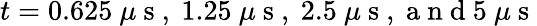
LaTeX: t=0.625~\mu\mathrm{~s~,~}1.25~\mu\mathrm{~s~,~}2.5~\mu\mathrm{~s~,~a~n~d~}5~\mu\mathrm{~s~}